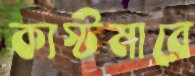
কাস্টমারে